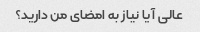
عالی آیا نیاز به امضای من دارید؟